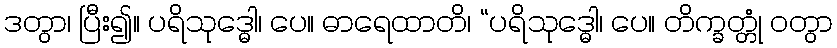
ဒတွာ၊ ပြီး၍။ ပရိသုဒ္ဓေါ၊ ပေ။ ဓာရေထာတိ၊ “ပရိသုဒ္ဓေါ၊ ပေ။ တိက္ခတ္တုံ ဝတွာ